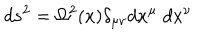
LaTeX: d s ^ { 2 } = \Omega ^ { 2 } ( x ) \delta _ { \mu \nu } d x ^ { \mu } \; d x ^ { \nu }